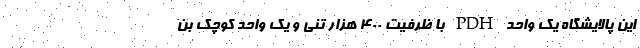
این پالایشگاه یک واحد PDH با ظرفیت ۴۰۰ هزار تنی و یک واحد کوچک بن